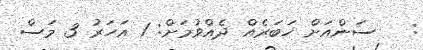
:   ސަންއަށް ޚަބަރެއް ދެއްވުމަށް: 1 އަހަރު 3 މަސް